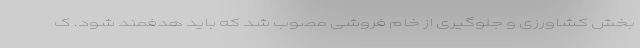
بخش کشاورزی و جلوگیری از خام فروشی مصوب شد که‌ باید هدفمند شود. ک